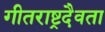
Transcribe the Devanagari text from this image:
गीतराष्ट्रदैवता